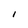
Character: I